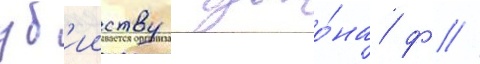
уб'ииству джо́на ф //